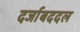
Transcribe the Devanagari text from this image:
दर्जाबददल